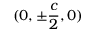
( 0 , \pm \frac { c } { 2 } , 0 )